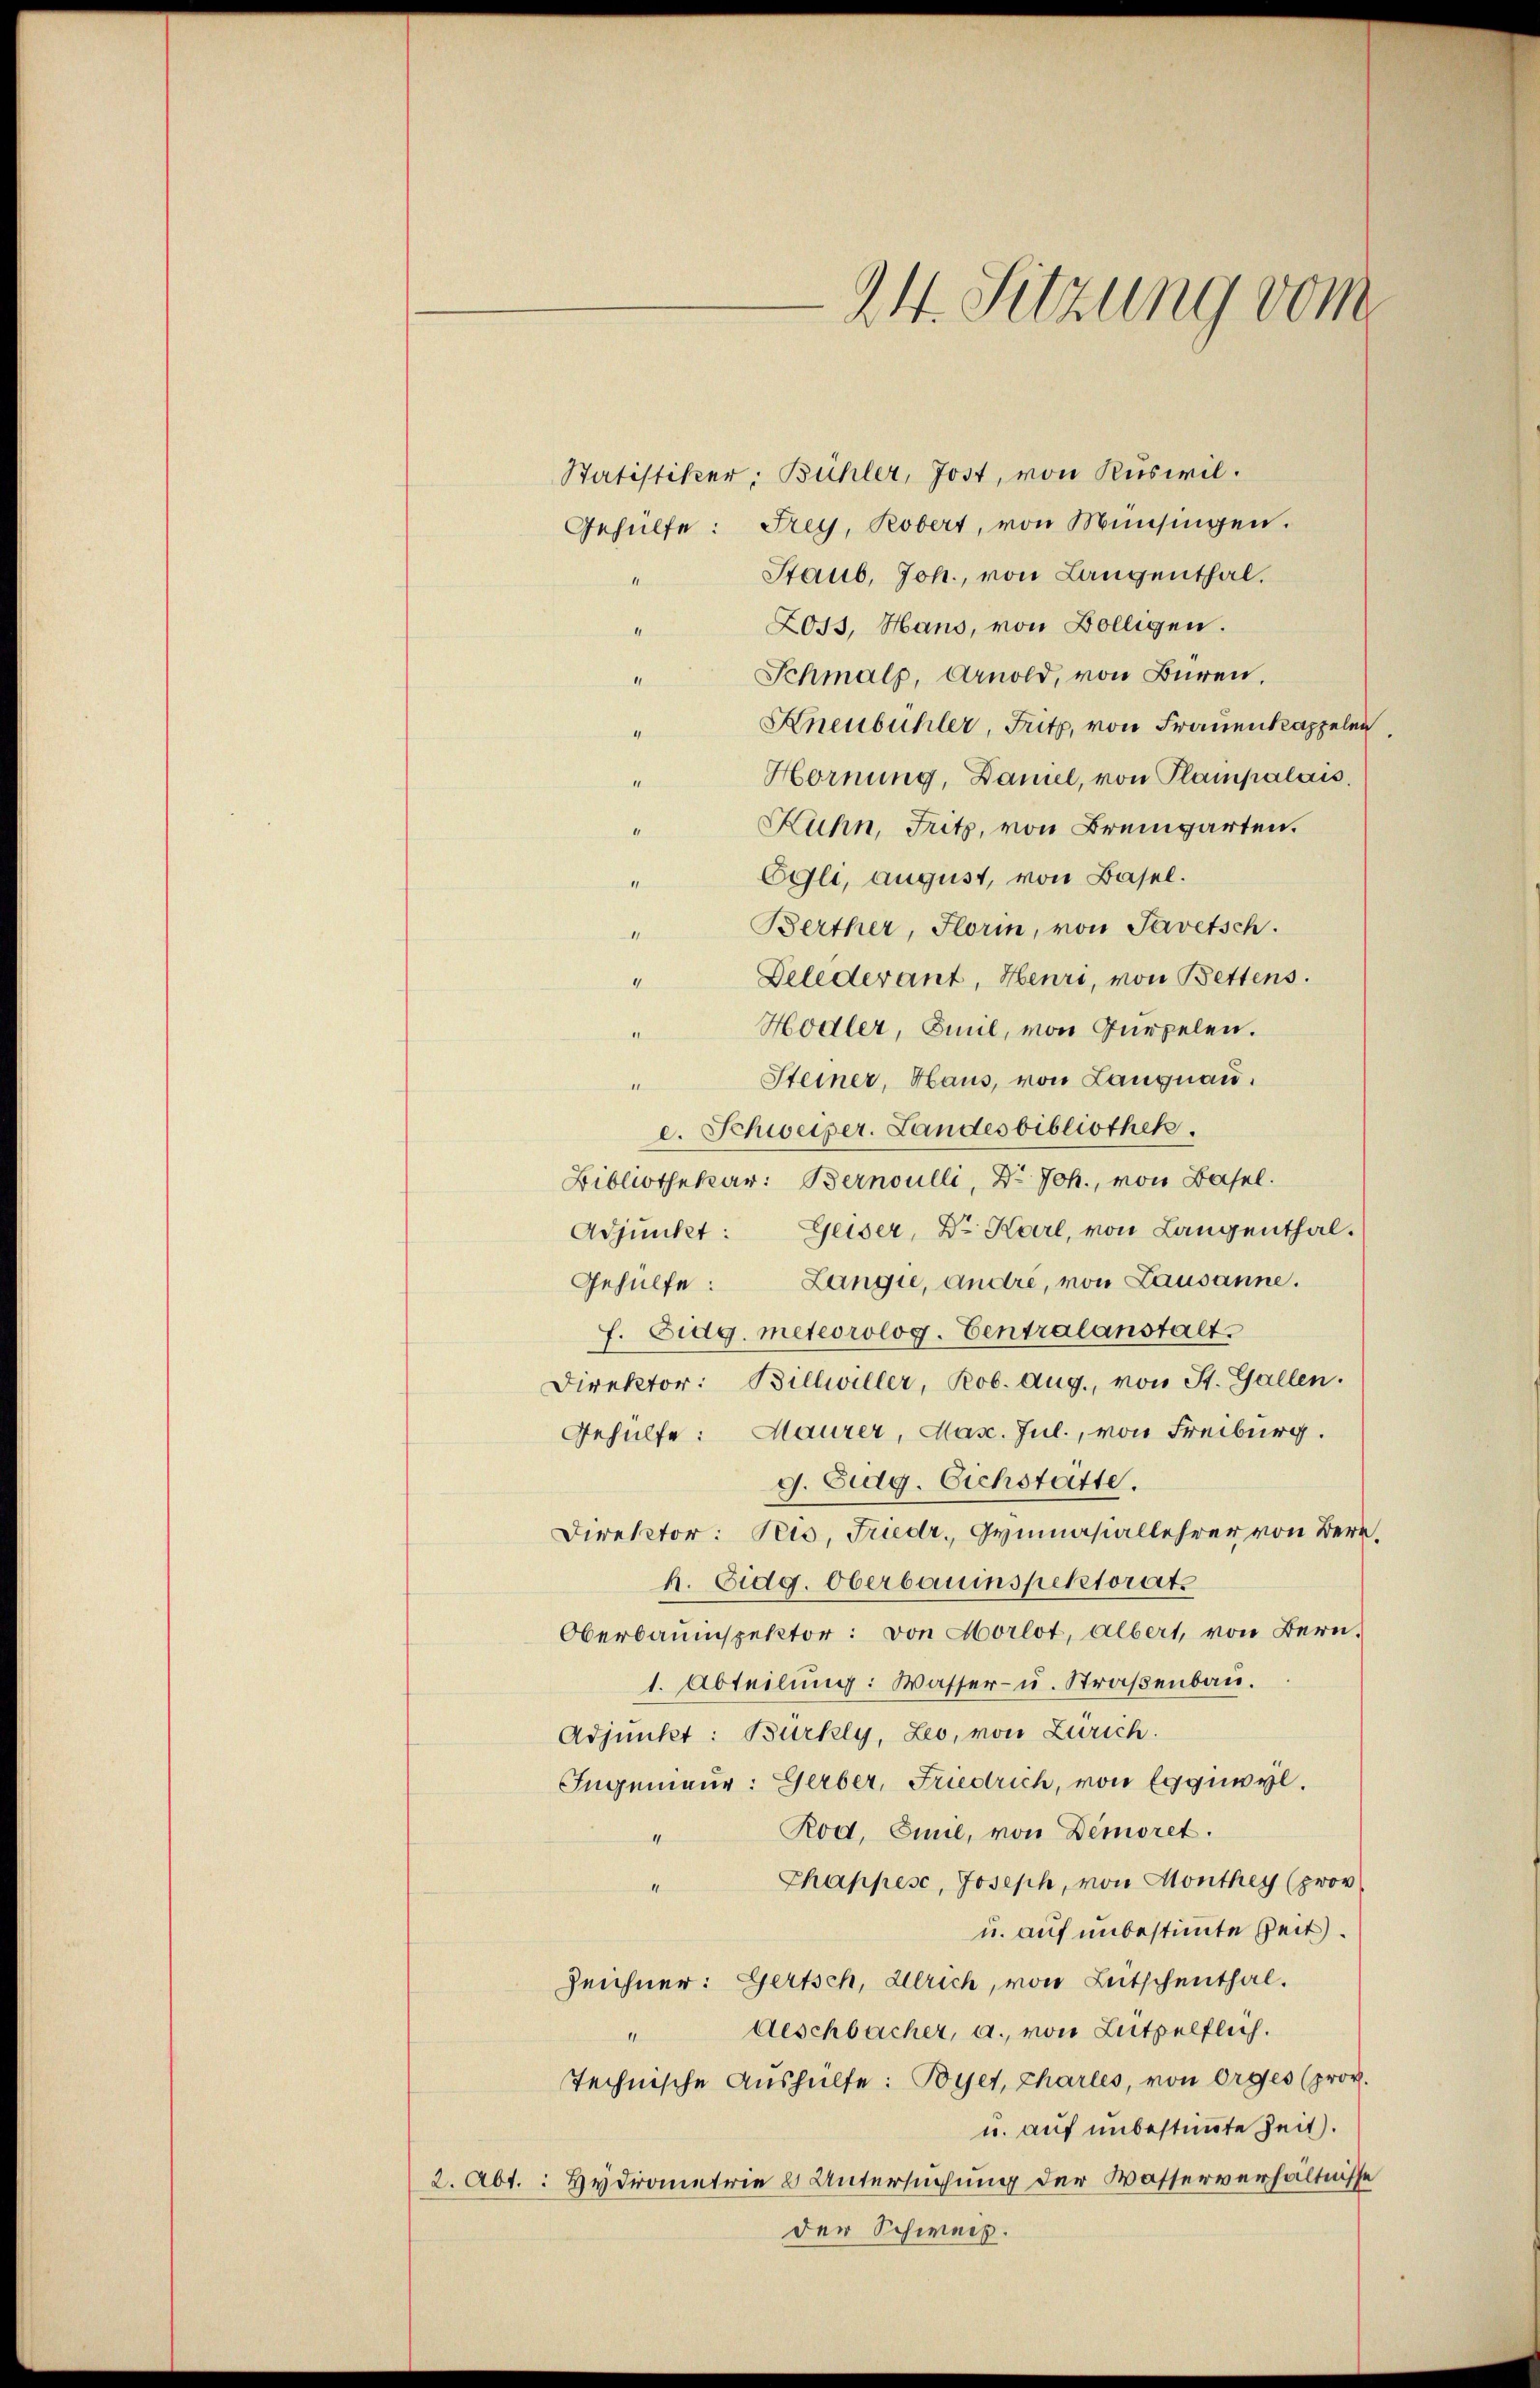
24. Sitzung vom

Statistiker, Bühler, Jost, von Ruswil.
Gehülfe: Frey, Robert, von Münsingen.
Staub, Joh., von Langenthal.
11
Loss, Hans, von Bölligen.
neatu
Schmals, Arnold, von Büren,
Aneubuhler, Fritz, von Frauenkappelen
Hornung, Damel, von Plampalais.
Kuhn, Fritz, von Bremgarten.
Egli, august, von Basel.
Berther, Florin, von Savetsch.
Delederant, Heuri, von Bettens.
Hodler, Emil, von Gurpelen.
Steiner, Haus, von Langnau.
c. Schweizer. Landesbibliothek.
Bibliothekar: Bernoulli, Dr. Joh., von Basel.
Adjundet: Geiser, Dr. Karl, von Langenthal.
Gehülfe: Langie, andre, von Lausanne.
f. Eidg. meteorolog. Centralanstalt
Direktor: Billwiller, Rob. Aug., von St. Gallen.
Gehülfe: Maurer, Masc. Jul., von Freiburg.
g. Eidg. Eichstatte.
Direktor: Peis, Friedr. Gymnasiallehrer von Ber
h. Eidg. Oberbauinspektorats
Oberbauinspektor: von Morlot, Albert, von Bern,
1. Abteilung: Wasser- u. Straßenbau.
Adjunkt: Burkly, Leo, von Zürich.
Ingenieur: Gerber, Friedrich, von Egguwyl.
Rod, Emil, von Demoret.
4
Chappes, Joseph, von Monthey (prov
4
u. auf unbestimmte Zeit.
Zeichner: Gertsch, Ulrich, von Lutschenthal.
Aeschbacher, a. von Lützelflich.
Technische Aushülfe: Byer, Charles, von Orges (prov.
u. auf unbestimmte Zeit.
2. Abt.: Hydrometrie & Untersuchung der Wasserverhältnisse
der Schweiz.